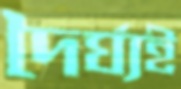
দৈর্ঘ্যই